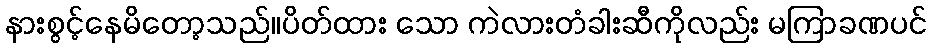
နားစွင့်နေမိတော့သည်။ပိတ်ထား သော ကဲလားတံခါးဆီကိုလည်း မကြာခဏပင်